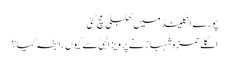
پورے انگلینڈ میں کھلبلی مچ گئی
اگلے حمزہ شہباز نے پرویز الہیٰ سے کیوں رابطہ کیا؟